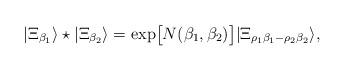
LaTeX: \begin{align*}| \Xi_{\beta_1} \rangle \star | \Xi_{\beta_2} \rangle= \exp\bigl[N(\beta_1, \beta_2)\bigr]| \Xi_{\rho_1 \beta_1 - \rho_2 \beta_2} \rangle,\end{align*}